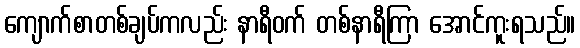
ကျောက်စာတစ်ချပ်ကလည်း နာရီဝက် တစ်နာရီကြာ အောင်ကူးရသည်။